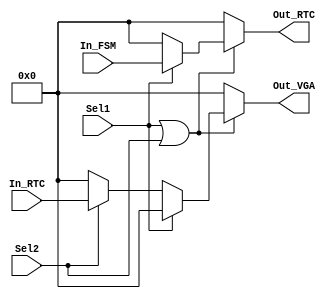
`timescale 1ns / 1ps
//////////////////////////////////////////////////////////////////////////////////
// Company: 
// Engineer: 
// 
// Design Name: 
// Module Name:    Datos_Lectura 
// Project Name: 
// Target Devices: 
// Tool versions: 
// Description: 
//
// Dependencies: 
//
// Revision: 
// Revision 0.01 - File Created
// Additional Comments: 
//
//////////////////////////////////////////////////////////////////////////////////
module Datos_Lectura(
    input [7:0] In_FSM,
    input [7:0] In_RTC,
	 output reg [7:0] Out_RTC,
	 input Sel1,
	// input [7:0] In_Trans,
	 input Sel2,
	 //input Sel3,
    output reg [7:0] Out_VGA
	 
    );
	 
	 always@*
	 begin 
		if(Sel1==1 || Sel2==1) begin
					if(Sel1) begin
						Out_RTC = In_FSM;///Se envian los datos del FSM a RTC
						Out_VGA = 0;end
					else if(Sel2)begin
						Out_VGA = In_RTC;
						Out_RTC = 0;
						end
				/*	else if(Sel3) begin
						Out_RTC = In_Trans;
						Out_VGA = 0;
						end*/
					else begin
						Out_VGA = 0;
						Out_RTC=0;end
		end
		else
			begin 
				Out_VGA = 0;
				Out_RTC=0;end
		
	end
	
endmodule
	 
	 
/*	 	 
 reg [7:0] a , [7:0] b;    

 assign RTC = Sel1 ?  a: b;
 assign Out_VGA = b;
	 
always @*
begin 
   b <= RTC;
   a <= Out_VGA;
		//Manda datos de RTC a VGA   //Manda datos a RTC
end



*/
	/*
	case(Sel)
		1'b0: Out_RTC <= In_FSM;
		1'b1: Out_VGA <= In_RTC;
		default: begin  Out_RTC <=8'bz; Out_VGA <=8'bz;end	
	endcase
	
	end*/